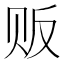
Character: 贩